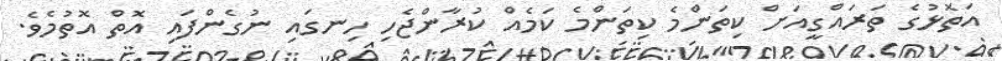
އަތޮޅުގެ ތަރައްގީއަށް ކިތަންމެ ކިތަންމެ ކަމެއް ކުރާންޖެހި ހިނގައި ނުގެންފައި އޮތް އޮތުމެވެ.